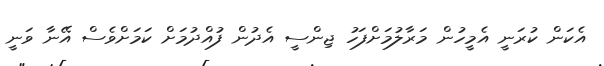
އެކަން ކުރަނީ އެމީހުން މަރާލުމަށްފަހު ޖިންސީ އެދުން ފުއްދުމަށް ކަމަށްވެސް އޭނާ ވަނީ